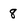
Character: 8